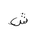
Letter: _shin